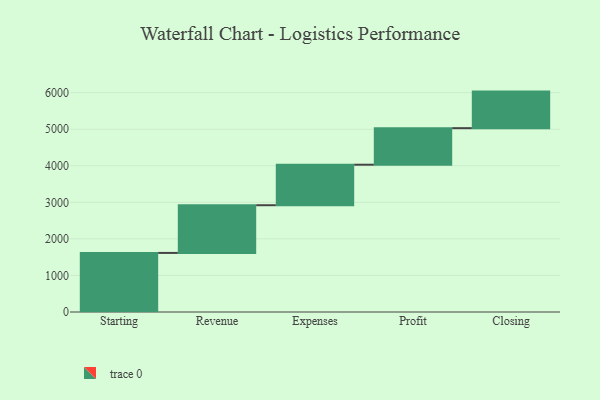
{"axis": {"x": "Step", "y": "Value"}, "legend": [""], "data": [{"x": "Starting", "y": 1616.0, "type": ""}, {"x": "Revenue", "y": 1305.0, "type": ""}, {"x": "Expenses", "y": 1108.0, "type": ""}, {"x": "Profit", "y": 1000, "type": ""}, {"x": "Closing", "y": 1000, "type": ""}]}